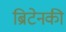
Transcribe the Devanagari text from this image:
ब्रिटेनकी